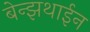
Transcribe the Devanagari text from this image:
बेन्झथाईन